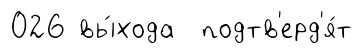
026 вы́хода подтв'ерд'я́т